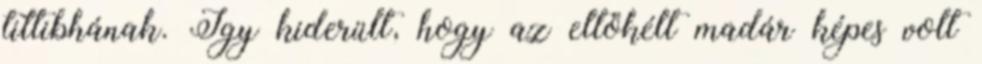
tittibhának. Így kiderült, hogy az eltökélt madár képes volt